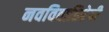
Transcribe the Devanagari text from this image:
नवविवाहितेची